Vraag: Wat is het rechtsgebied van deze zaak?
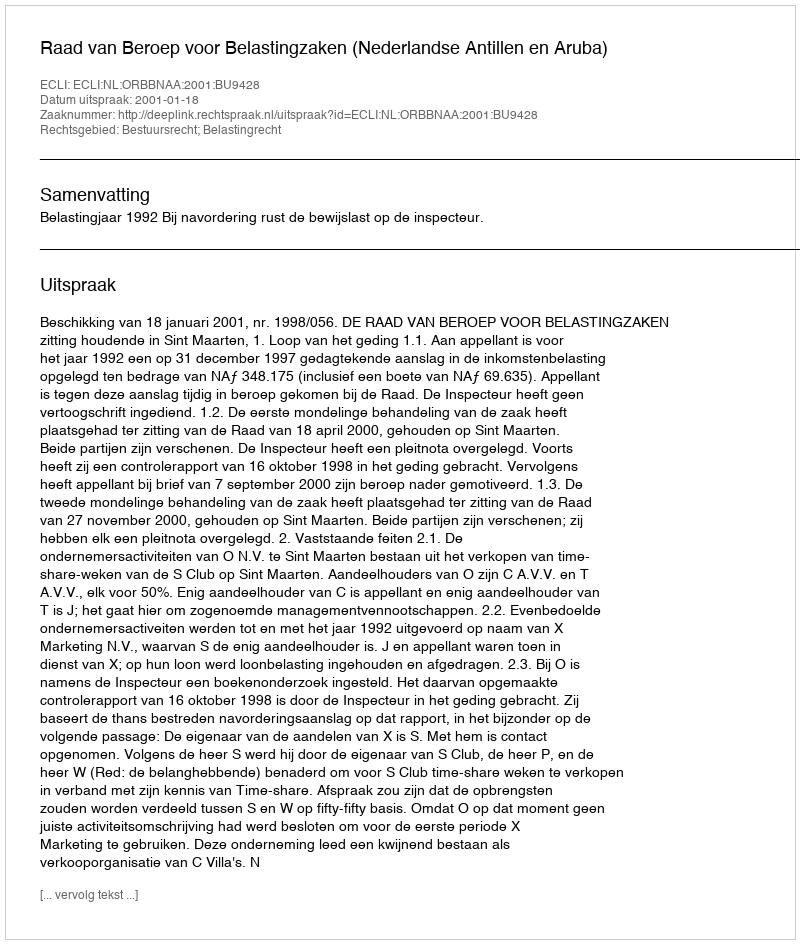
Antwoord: Bestuursrecht; Belastingrecht